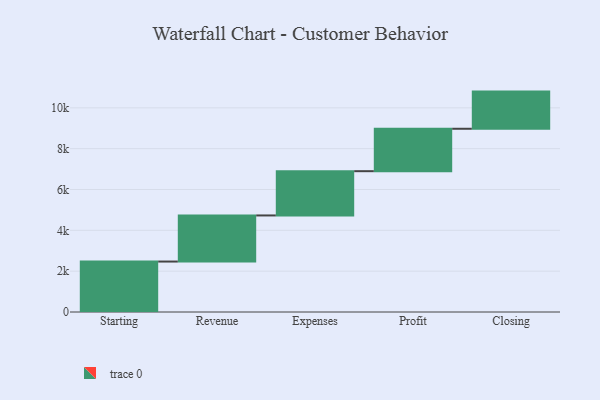
{"axis": {"x": "Step", "y": "Value"}, "legend": [""], "data": [{"x": "Starting", "y": 2471.0, "type": ""}, {"x": "Revenue", "y": 2258.0, "type": ""}, {"x": "Expenses", "y": 2168.0, "type": ""}, {"x": "Profit", "y": 2078.0, "type": ""}, {"x": "Closing", "y": 1820.0, "type": ""}]}